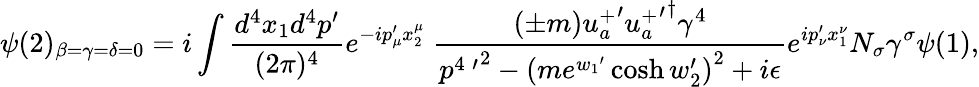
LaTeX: \psi(2)_{\beta=\gamma=\delta=0}=i\int\frac{d^{4}x_{1}d^{4}p^{\prime}}{(2\pi)^{4}}e^{-ip_{\mu}^{\prime}x_{2}^{\mu}}\; \frac{(\pm m){u_{a}^{+}}^{\prime}{{u_{a}^{+}}^{\prime}}^{\dagger}\gamma^{4}}{{p^{4\; \prime}}^{2}-{(me^{{w_{1}}^{\prime}}\cosh w_{2}^{\prime})}^{2}+i\epsilon}e^{ip_{\nu}^{\prime}x_{1}^{\nu}}N_{\sigma}\gamma^{\sigma}\psi(1),